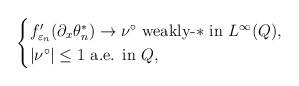
LaTeX: \begin{align*} & \begin{cases} f_{\varepsilon_n}'(\partial_x \theta_n^*) \to \nu^\circ \mbox{ weakly-$*$ in $ L^\infty(Q) $,} \\ |\nu^\circ| \leq 1 \mbox{ a.e. in $ Q $,} \end{cases}\end{align*}